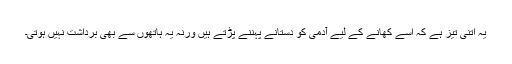
یہ اتنی تیز ہے کہ اسے کھانے کے لیے آدمی کو دستانے پہننے پڑتے ہیں ورنہ یہ ہاتھوں سے بھی برداشت نہیں ہوتی۔